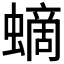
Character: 𧏸